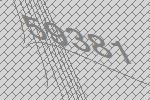
59381